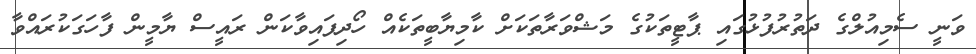
ވަނީ ސެމިއުލްގެ ދަތުރުފުޅުގައި ޕާޓީތަކުގެ މަޝްވަރާތަކަށް ކާމިޔާބީތަކެއް ހޯދިފައިވާކަން ރައީސް ޔާމީން ފާހަގަކުރައްވާ